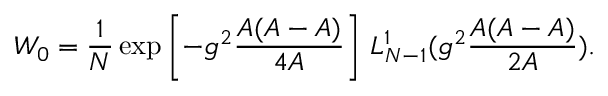
{ \cal W } _ { 0 } = \frac { 1 } { N } \exp \left[ - g ^ { 2 } \frac { { \cal A } ( A - { \cal A } ) } { 4 A } \right] \, L _ { N - 1 } ^ { 1 } ( g ^ { 2 } \frac { { \cal A } ( A - { \cal A } ) } { 2 A } ) .